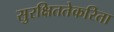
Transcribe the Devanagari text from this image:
सुरक्षिततेकरिता